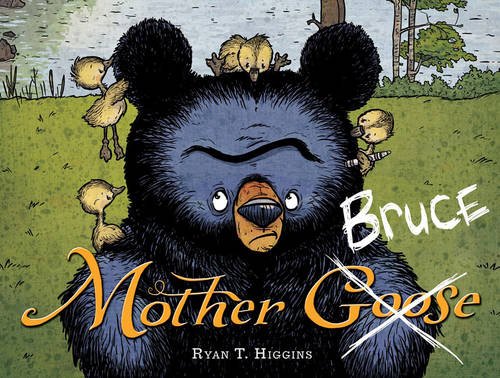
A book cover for Mother Bruce; Ryan T. Higgins; Children's Books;